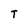
Character: T